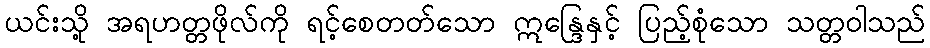
ယင်းသို့ အရဟတ္တဖိုလ်ကို ရင့်စေတတ်သော ဣန္ဒြေနှင့် ပြည့်စုံသော သတ္တဝါသည်